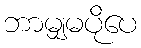
ဘာမျှမပိုပေ